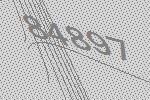
84897